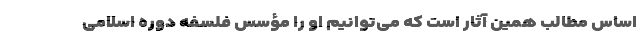
اساس مطالب همین آثار است که می‌توانیم او را مؤسس فلسفه دوره اسلامی